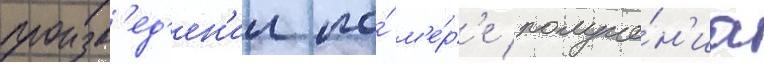
произв'ед'ен'ии по́ м'е́р'е получе́н'иа